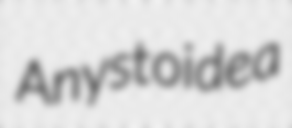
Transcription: Anystoidea